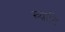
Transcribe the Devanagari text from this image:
ख्य़ाति